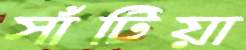
সাঁটিয়া